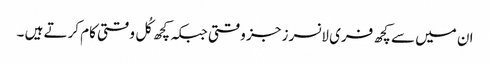
ان میں سے کچھ فری لانسرز جز وقتی جبکہ کچھ کُل وقتی کام کرتے ہیں ۔